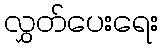
လွှတ်ပေးရေး